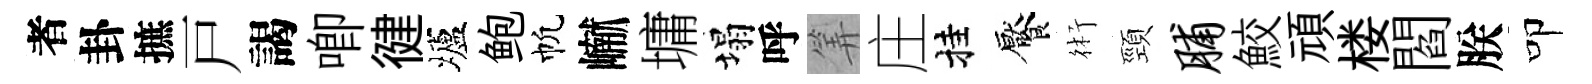
者卦摭戸謁唧徤壚鲍帆𪩘墉塌呼筭庄挂饜術頸脯鮫頑楼閻朕叩